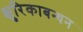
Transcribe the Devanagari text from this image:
क्षुरिकाबन्धन